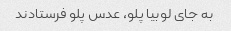
به جای لوبیا پلو، عدس پلو فرستادند